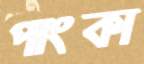
পাংকা